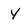
Character: y